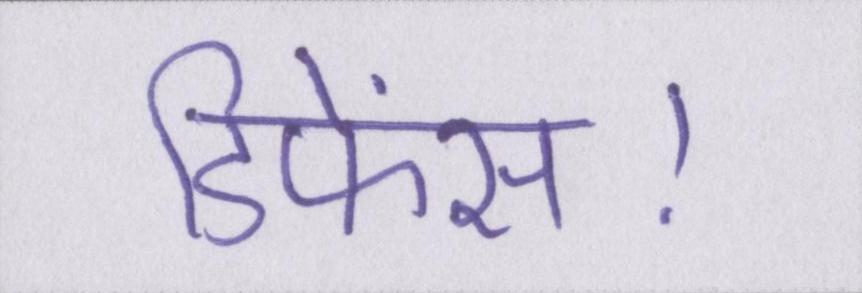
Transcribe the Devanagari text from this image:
डिफेंस।